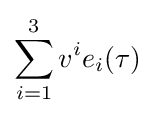
\sum _{i=1}^{3}v^{i}e_{i}(\tau )